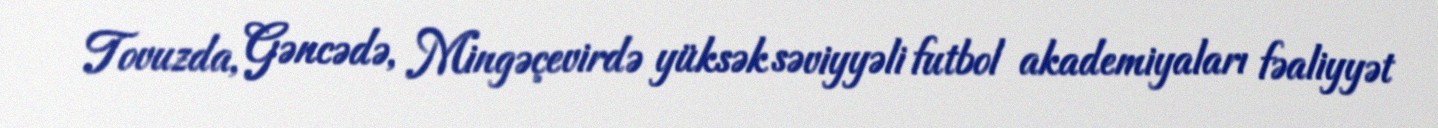
Tovuzda, Gəncədə, Mingəçevirdə yüksək səviyyəli futbol akademiyaları fəaliyyət